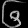
Digit: ၆